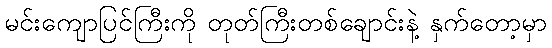
မင်းကျောပြင်ကြီးကို တုတ်ကြီးတစ်ချောင်းနဲ့ နှက်တော့မှာ